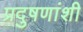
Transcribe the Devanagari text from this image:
प्रदुषणांशी